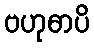
ဗဟုဓာပိ